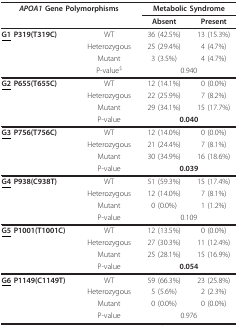
| <COLSPAN=2> APOA1 Gene Polymorphisms | <COLSPAN=2> Metabolic Syndrome |
 | <COLSPAN=2>  | Absent | Present |
 | --- | --- | --- | --- |
 | <underline>G1</underline> P319(T319C) | WT | 36 (42.5%) | 13 (15.3%) |
 |  | Heterozygous | 25 (29.4%) | 4 (4.7%) |
 |  | Mutant | 3 (3.5%) | 4 (4.7%) |
 |  | P-value$ | <COLSPAN=2> 0.940 |
 | <underline>G2</underline> P655(T655C) | WT | 12 (14.1%) | 0 (0.0%) |
 |  | Heterozygous | 22 (25.9%) | 7 (8.2%) |
 |  | Mutant | 29 (34.1%) | 15 (17.7%) |
 |  | P-value | <COLSPAN=2> 0.040 |
 | <underline>G3</underline> P756(T756C) | WT | 12 (14.0%) | 0 (0.0%) |
 |  | Heterozygous | 21 (24.4%) | 7 (8.1%) |
 |  | Mutant | 30 (34.9%) | 16 (18.6%) |
 |  | P-value | <COLSPAN=2> 0.039 |
 | <underline>G4</underline> P938(C938T) | WT | 51 (59.3%) | 15 (17.4%) |
 |  | Heterozygous | 12 (14.0%) | 7 (8.1%) |
 |  | Mutant | 0 (0.0%) | 1 (1.2%) |
 |  | P-value | <COLSPAN=2> 0.109 |
 | <underline>G5</underline> P1001(T1001C) | WT | 12 (13.5%) | 0 (0.0%) |
 |  | Heterozygous | 27 (30.3%) | 11 (12.4%) |
 |  | Mutant | 25 (28.1%) | 15 (16.9%) |
 |  | P-value | <COLSPAN=2> 0.054 |
 | <underline>G6</underline> P1149(C1149T) | WT | 59 (66.3%) | 23 (25.8%) |
 |  | Heterozygous | 5 (5.6%) | 2 (2.3%) |
 |  | Mutant | 0 (0.0%) | 0 (0.0%) |
 |  | P-value | <COLSPAN=2> 0.976 |